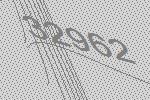
32962